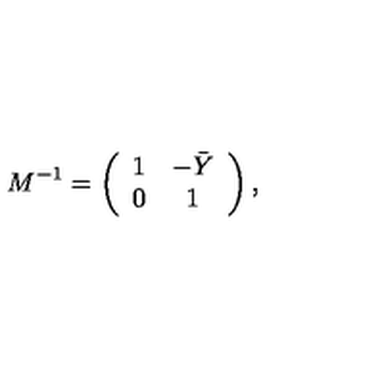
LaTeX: M ^ { - 1 } = \left( \begin{array} { c c } { 1 } & { - \bar { Y } } \\ { 0 } & { 1 } \\ \end{array} \right) ,